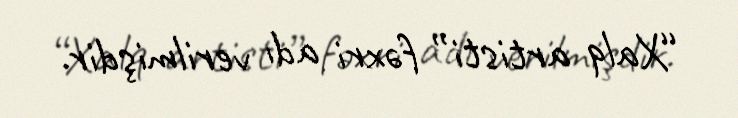
“Xalq artisti” fəxri adı verilmişdir.